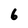
Character: 6